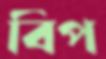
বিপ